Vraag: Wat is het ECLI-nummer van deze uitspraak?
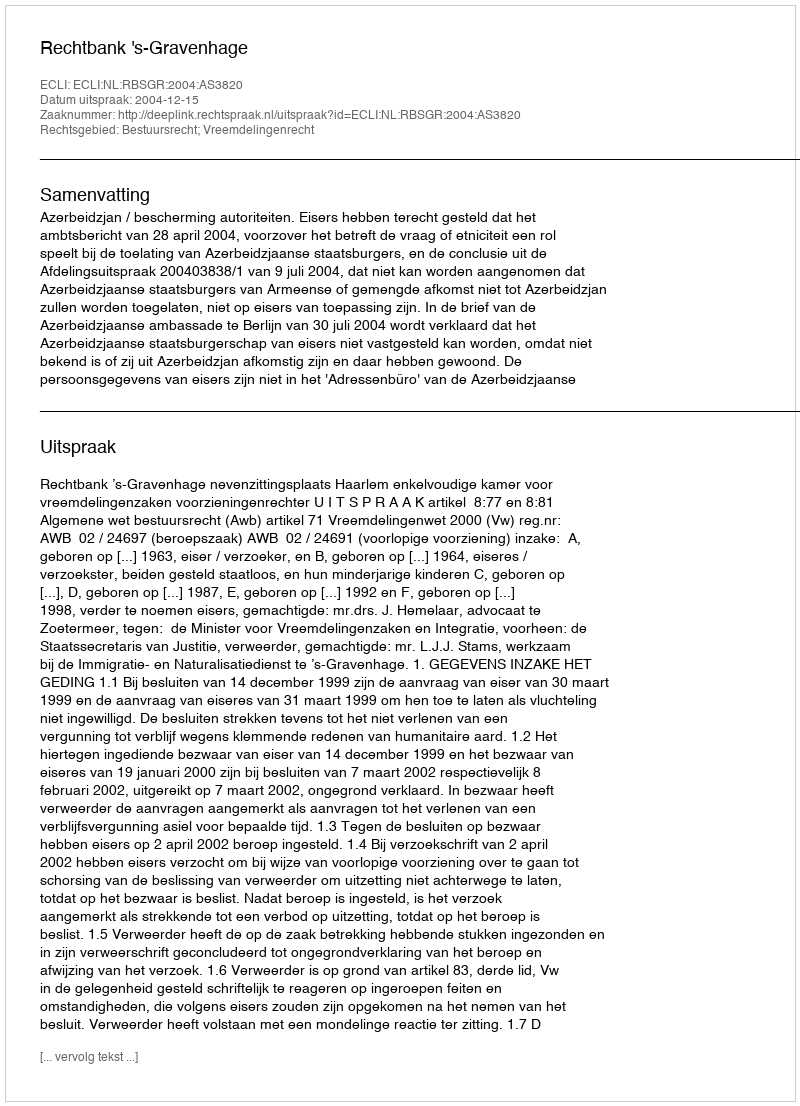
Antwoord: ECLI:NL:RBSGR:2004:AS3820